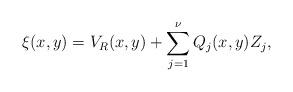
LaTeX: \begin{align*}\xi(x,y) = V_R(x,y) + \sum_{j=1}^\nu Q_j(x,y)Z_j,\end{align*}